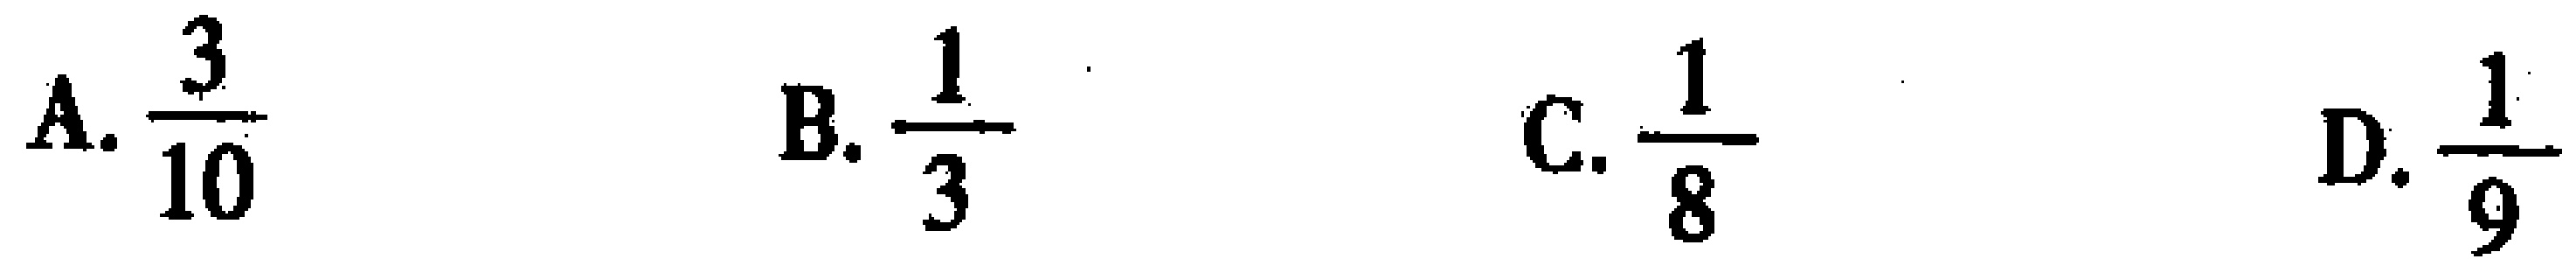
A. $\frac{3}{10}$  B. $\frac{1}{3}$  C. $\frac{1}{8}$  D. $\frac{1}{9}$